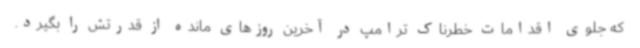
که جلوی اقدامات خطرناک ترامپ در آخرین روزهای مانده از قدرتش را بگیرد.